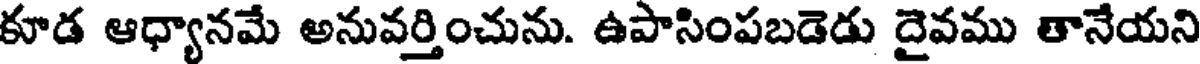
కూడ ఆధ్యానమే అనువర్తించును. ఉపాసింపబడెడు దైవము తానేయని